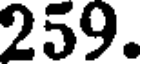
259.